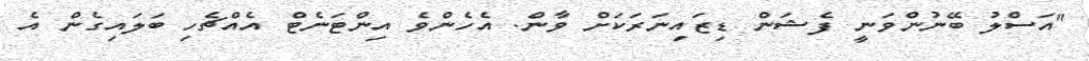
"އަސްލު ބޭނުންވަނީ ފެޝަން ޑިޒައިނަރަކަށް ވާން. އެހެންވެ އިންޓަނެޓް އެއްޗެހި ބަލައިގެން އެ